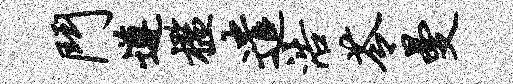
斗遵槛遣浩苓曼